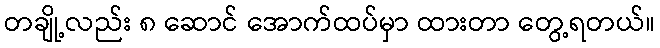
တချို့လည်း ၈ ဆောင် အောက်ထပ်မှာ ထားတာ တွေ့ရတယ်။